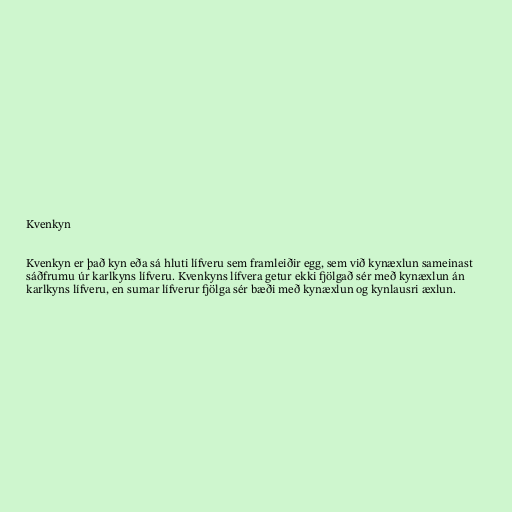
Kvenkyn

Kvenkyn er það kyn eða sá hluti lífveru sem framleiðir egg, sem við kynæxlun sameinast
sáðfrumu úr karlkyns lífveru. Kvenkyns lífvera getur ekki fjölgað sér með kynæxlun án
karlkyns lífveru, en sumar lífverur fjölga sér bæði með kynæxlun og kynlausri æxlun.